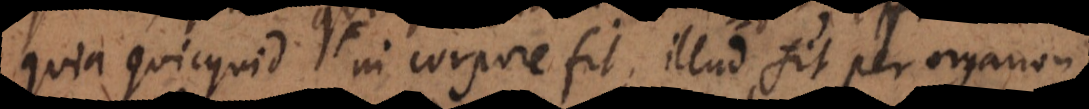
quia quicquid in corpore fit, illud fit per organon